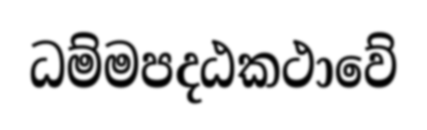
ධම්මපදඨකථාවේ